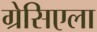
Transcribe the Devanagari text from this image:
ग्रेसिएला